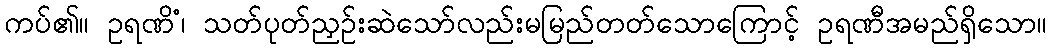
ကပ်၏။ ဥရဏိံ၊ သတ်ပုတ်ညှဉ်းဆဲသော်လည်းမမြည်တတ်သောကြောင့် ဥရဏီအမည်ရှိသော။